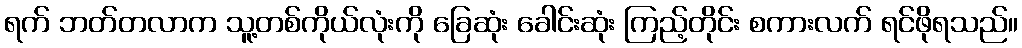
ရက် ဘတ်တလာက သူ့တစ်ကိုယ်လုံးကို ခြေဆုံး ခေါင်းဆုံး ကြည့်တိုင်း စကားလက် ရင်ဖိုရသည်။